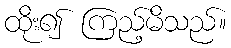
ထိုး၍ ကြည့်မိသည်။